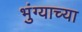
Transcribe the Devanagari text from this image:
भुंग्याच्या